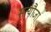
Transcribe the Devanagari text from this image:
सत्यौजा